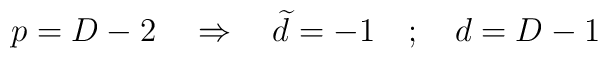
p=D-2 \quad \Rightarrow \quad \widetilde{d} = -1 \quad ; \quad  d=D-1